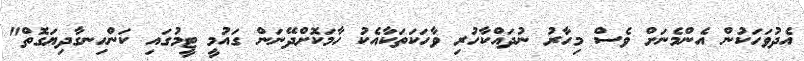
އެދުވަހަކުން އެންމެނަށް ވެސް މިހާރު ނުދައްކާހުރި ވާހަކަތަކާއެކު ހާމަކޮށްދޭނަން ގައުމީ ޓީމުގައި ކަންހިނގާދިޔަގޮތް"